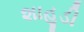
શાહૂડી